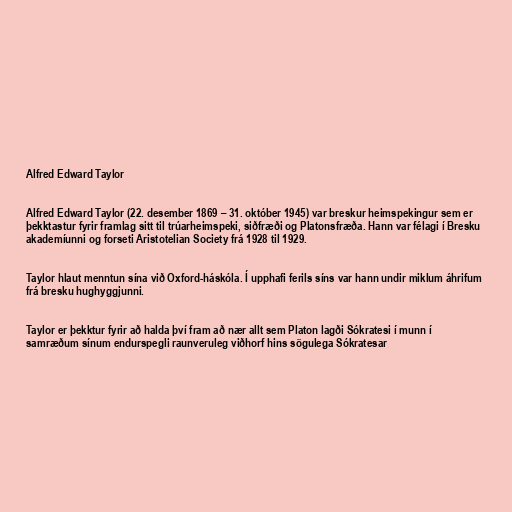
Alfred Edward Taylor

Alfred Edward Taylor (22. desember 1869 – 31. október 1945) var breskur heimspekingur sem er
þekktastur fyrir framlag sitt til trúarheimspeki, siðfræði og Platonsfræða. Hann var félagi í Bresku
akademíunni og forseti Aristotelian Society frá 1928 til 1929.

Taylor hlaut menntun sína við Oxford-háskóla. Í upphafi ferils síns var hann undir miklum áhrifum
frá bresku hughyggjunni.

Taylor er þekktur fyrir að halda því fram að nær allt sem Platon lagði Sókratesi í munn í
samræðum sínum endurspegli raunveruleg viðhorf hins sögulega Sókratesar